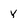
Character: Y